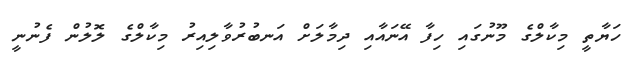
ހަޔާތީ މިކާލްގެ މޫނުގައި ހިފާ އޭނައާއި ދިމާލަށް އަނބުރުވާލިއިރު މިކާލްގެ ލޮލުން ފެނުނީ